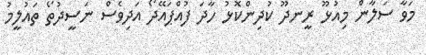
މަވާ ސަލާން މިއުޅޫ ރީނދޫ ކުދިންކޮޅު ހާދަ ފުއްޕައޭދޯ އަދިވެސް ނަސީދުތޯ ތައުލީމު